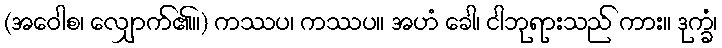
(အဝေါစ၊ လျှောက်၏။) ကဿပ၊ ကဿပ။ အဟံ ခေါ၊ ငါဘုရားသည် ကား။ ဒုက္ခံ၊